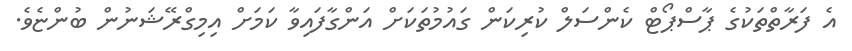
އެ ފަރާތްތަކުގެ ޕާސްޕޯޓް ކެންސަލް ކުރިކަން ގައުމުތަކަށް އަންގާފައިވާ ކަމަށް އިމިގްރޭޝަނުން ބުންޏެވެ.